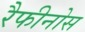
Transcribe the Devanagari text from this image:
रैफीनोस